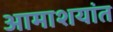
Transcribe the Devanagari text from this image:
आमाशयांत